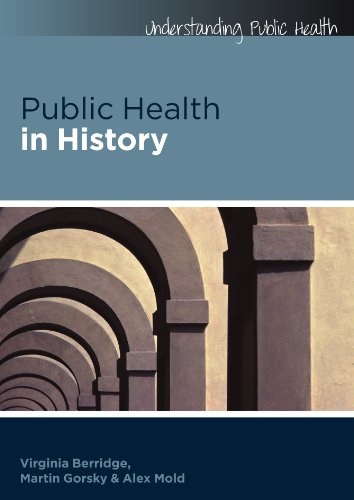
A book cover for Public Health in History (Understanding Public Health); Virginia Berridge; Medical Books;